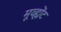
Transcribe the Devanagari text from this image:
मूव्ह्मेंट